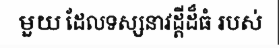
មួយ ដែលទស្សនាវដ្តីដ៏ធំ របស់